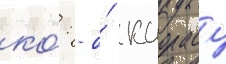
ко́: - о́ каорасу